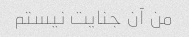
من آن جنایت نیستم